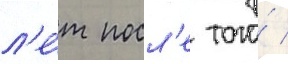
л'е́т посл'е того́ /